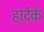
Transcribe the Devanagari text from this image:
हार्टके